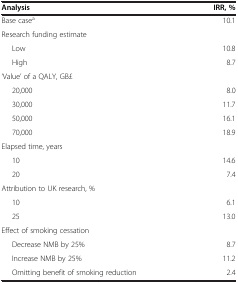
| Analysis | IRR, % |
 | --- | --- |
 | Base casea | 10.1 |
 | Research funding estimate |  |
 | Low | 10.8 |
 | High | 8.7 |
 | ‘Value’ of a QALY, GB£ |  |
 | 20,000 | 8.0 |
 | 30,000 | 11.7 |
 | 50,000 | 16.1 |
 | 70,000 | 18.9 |
 | Elapsed time, years |  |
 | 10 | 14.6 |
 | 20 | 7.4 |
 | Attribution to UK research, % |  |
 | 10 | 6.1 |
 | 25 | 13.0 |
 | Effect of smoking cessation |  |
 | Decrease NMB by 25% | 8.7 |
 | Increase NMB by 25% | 11.2 |
 | Omitting benefit of smoking reduction | 2.4 |